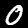
Label: 0